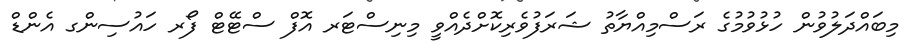
މިބައްދަލުވުން ހުޅުވުމުގެ ރަސްމިއްޔާތު ޝަރަފުވެރިކޮށްދެއްވީ މިނިސްޓަރ އޮފް ސްޓޭޓް ފޯރ ހައުސިންގ އެންޑް